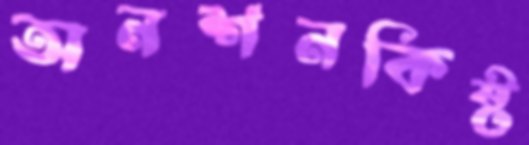
অনশনকিষ্ট